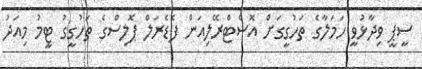
ސީޕީ ވިދާޅުވީ ހަމަލާގެ ތަހުގީގަށް އޮސްޓްރޭލިއަން ފެޑެރަލް ޕޮލިސްގެ ތަހުގީގު ޓީމު މިއަދު